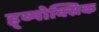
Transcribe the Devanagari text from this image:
ह्य्पोक्सिक